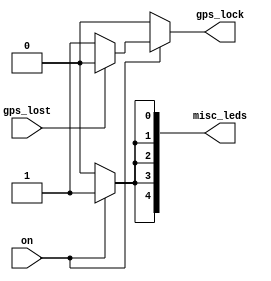
// Module that allows PWM on the non seven-segment LEDs

module misc_pwm(
		input on,
		input gps_lost,
		output reg[4:0] misc_leds,
		output reg gps_lock
	);
	
	always @(*) begin // Control PWM of non-numerical LEDs
		if(on) begin
			misc_leds[0] = 1;
			misc_leds[1] = 1;
			misc_leds[2] = 1;
			misc_leds[3] = 1;
			misc_leds[4] = 1;
			if(gps_lost == 0) begin
				gps_lock = 1;
			end else begin
				gps_lock = 0;
			end
		end else begin
			misc_leds[0] = 0;
			misc_leds[1] = 0;
			misc_leds[2] = 0;
			misc_leds[3] = 0;
			misc_leds[4] = 0;
			gps_lock = 0;
		end
	end
	
endmodule